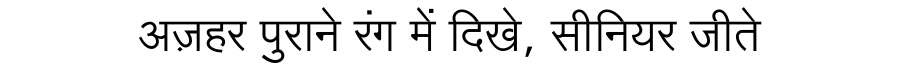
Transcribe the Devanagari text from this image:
अज़हर पुराने रंग में दिखे, सीनियर जीते